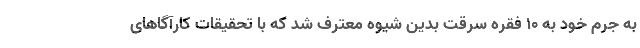
به جرم خود به ۱۰ فقره سرقت بدین شیوه معترف شد که با تحقیقات کارآگاهای